Vaccination in Bombay 1913-1923 - 1913-1923
Year: 1913
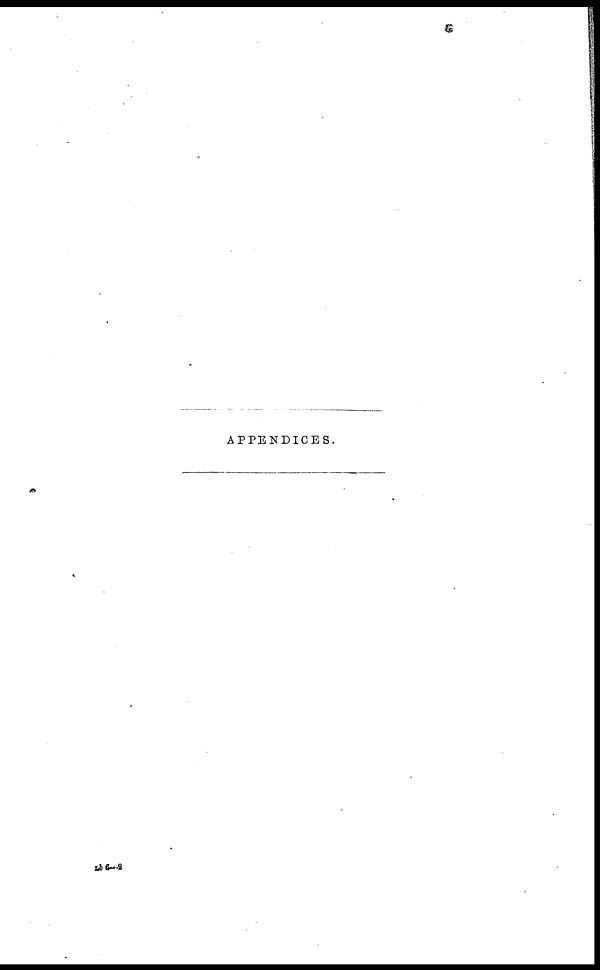
APPENDICES.
Lb 6—2